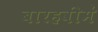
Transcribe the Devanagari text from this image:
बारहवींमें